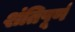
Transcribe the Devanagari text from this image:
शंतिपूर्ण